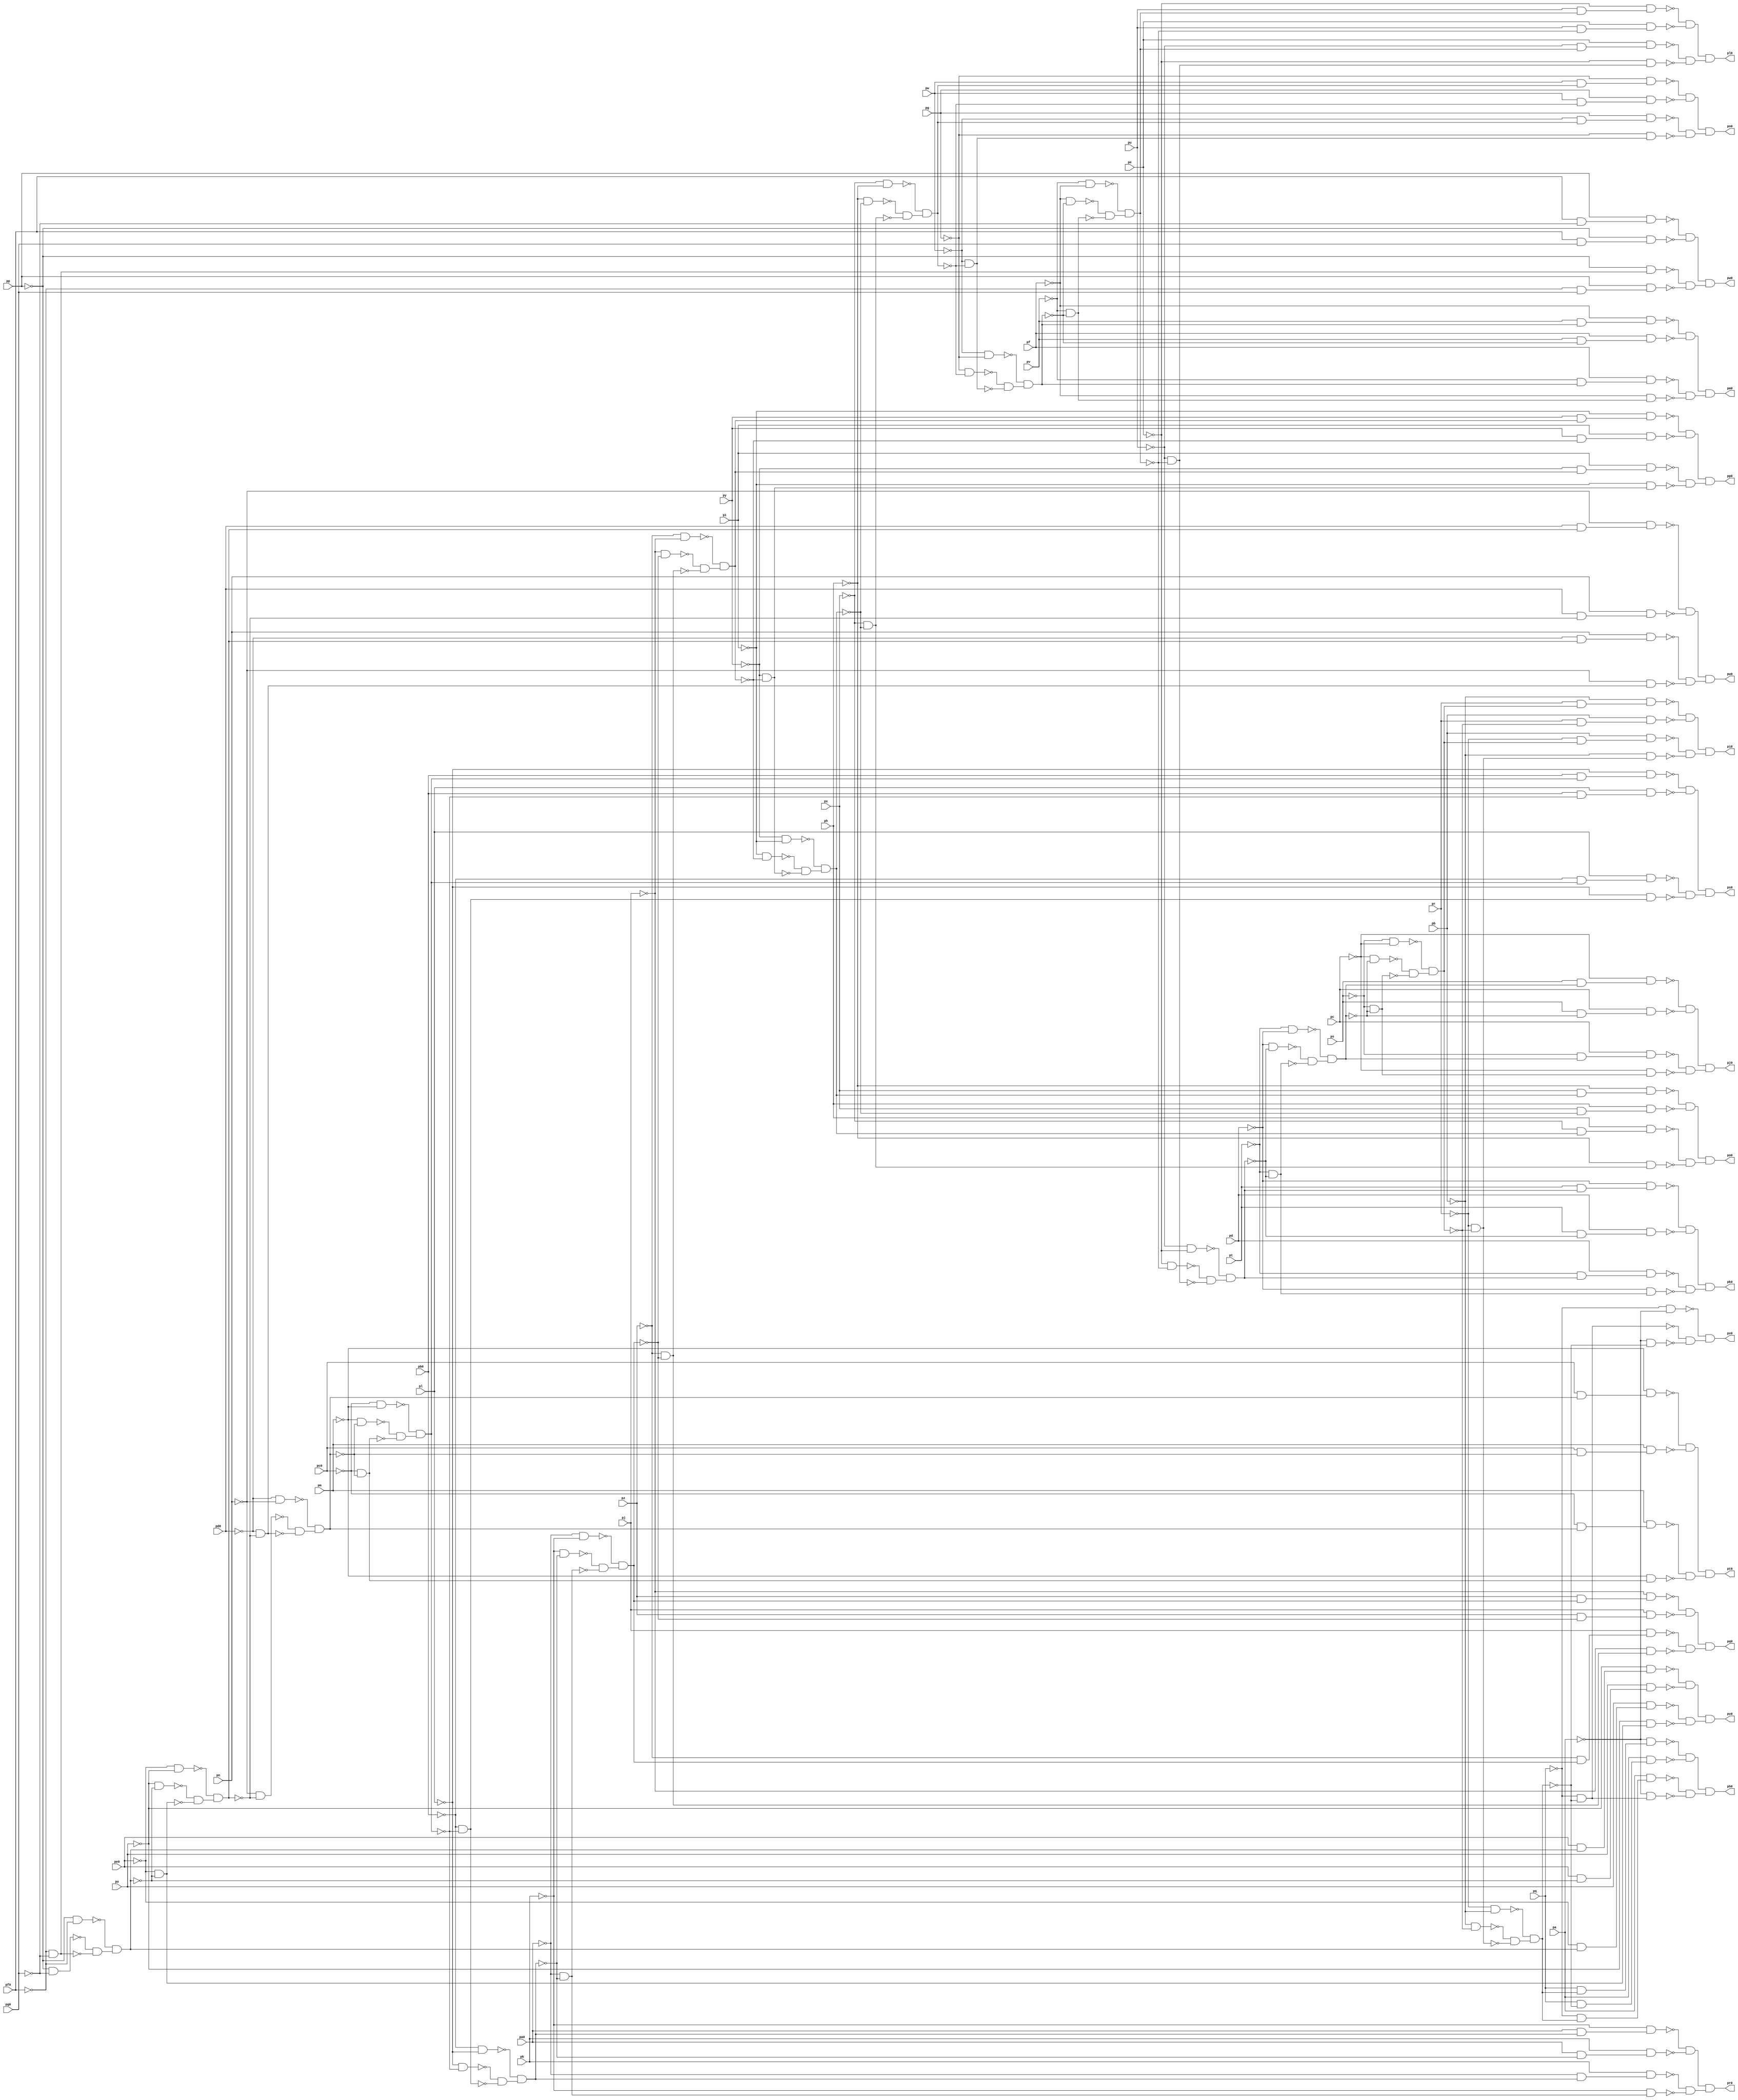
module top ( 
    pp, pa0, pq, pb0, pr, pc0, ps, pd0, pt, pe0, pu, pf0, pv, pg0, pw, px,
    py, pz, pa, pb, pc, pd, pe, pf, pg, ph, pi, pj, pk, pl, pm, pn, po,
    ph0, pi0, pj0, pk0, pl0, pm0, pn0, po0, pp0, pq0, pr0, ps0, pt0, pu0,
    pv0, pw0, px0  );
  input  pp, pa0, pq, pb0, pr, pc0, ps, pd0, pt, pe0, pu, pf0, pv, pg0,
    pw, px, py, pz, pa, pb, pc, pd, pe, pf, pg, ph, pi, pj, pk, pl, pm, pn,
    po;
  output ph0, pi0, pj0, pk0, pl0, pm0, pn0, po0, pp0, pq0, pr0, ps0, pt0, pu0,
    pv0, pw0, px0;
  wire new_n51_, new_n52_, new_n53_, new_n54_, new_n55_, new_n56_, new_n57_,
    new_n58_, new_n59_, new_n60_, new_n61_, new_n62_, new_n63_, new_n64_,
    new_n65_, new_n66_, new_n67_, new_n68_, new_n69_, new_n70_, new_n71_,
    new_n72_, new_n73_, new_n74_, new_n75_, new_n76_, new_n77_, new_n78_,
    new_n79_, new_n80_, new_n81_, new_n82_, new_n83_, new_n84_, new_n85_,
    new_n86_, new_n87_, new_n88_, new_n89_, new_n90_, new_n91_, new_n92_,
    new_n93_, new_n94_, new_n95_, new_n96_, new_n97_, new_n98_, new_n99_,
    new_n100_, new_n101_, new_n102_, new_n103_, new_n104_, new_n105_,
    new_n106_, new_n107_, new_n108_, new_n109_, new_n110_, new_n111_,
    new_n112_, new_n113_, new_n114_, new_n115_, new_n116_, new_n117_,
    new_n118_, new_n119_, new_n120_, new_n121_, new_n122_, new_n123_,
    new_n124_, new_n125_, new_n126_, new_n127_, new_n128_, new_n129_,
    new_n130_, new_n131_, new_n132_, new_n133_, new_n134_, new_n135_,
    new_n137_, new_n138_, new_n139_, new_n140_, new_n141_, new_n142_,
    new_n143_, new_n144_, new_n145_, new_n147_, new_n148_, new_n149_,
    new_n150_, new_n151_, new_n152_, new_n153_, new_n154_, new_n155_,
    new_n157_, new_n158_, new_n159_, new_n160_, new_n161_, new_n162_,
    new_n163_, new_n164_, new_n165_, new_n167_, new_n168_, new_n169_,
    new_n170_, new_n171_, new_n172_, new_n173_, new_n174_, new_n175_,
    new_n177_, new_n178_, new_n179_, new_n180_, new_n181_, new_n182_,
    new_n183_, new_n184_, new_n185_, new_n187_, new_n188_, new_n189_,
    new_n190_, new_n191_, new_n192_, new_n193_, new_n194_, new_n195_,
    new_n197_, new_n198_, new_n199_, new_n200_, new_n201_, new_n202_,
    new_n203_, new_n204_, new_n205_, new_n207_, new_n208_, new_n209_,
    new_n210_, new_n211_, new_n212_, new_n213_, new_n214_, new_n215_,
    new_n217_, new_n218_, new_n219_, new_n220_, new_n221_, new_n222_,
    new_n223_, new_n224_, new_n225_, new_n227_, new_n228_, new_n229_,
    new_n230_, new_n231_, new_n232_, new_n233_, new_n234_, new_n235_,
    new_n237_, new_n238_, new_n239_, new_n240_, new_n241_, new_n242_,
    new_n243_, new_n244_, new_n245_, new_n247_, new_n248_, new_n249_,
    new_n250_, new_n251_, new_n252_, new_n253_, new_n254_, new_n255_,
    new_n257_, new_n258_, new_n259_, new_n260_, new_n261_, new_n262_,
    new_n263_, new_n264_, new_n265_, new_n267_, new_n268_, new_n269_,
    new_n270_, new_n271_, new_n272_, new_n273_, new_n274_, new_n275_,
    new_n277_, new_n278_, new_n279_, new_n280_, new_n281_, new_n282_,
    new_n283_, new_n284_, new_n285_, new_n287_, new_n288_, new_n289_;
  assign new_n51_ = ~pp & ~pg0;
  assign new_n52_ = ~pf0 & ~pg0;
  assign new_n53_ = ~pp & ~pf0;
  assign new_n54_ = ~new_n51_ & ~new_n52_;
  assign new_n55_ = ~new_n53_ & new_n54_;
  assign new_n56_ = ~po & ~new_n55_;
  assign new_n57_ = ~pe0 & ~new_n55_;
  assign new_n58_ = ~pe0 & ~po;
  assign new_n59_ = ~new_n56_ & ~new_n57_;
  assign new_n60_ = ~new_n58_ & new_n59_;
  assign new_n61_ = ~pn & ~new_n60_;
  assign new_n62_ = ~pd0 & ~new_n60_;
  assign new_n63_ = ~pd0 & ~pn;
  assign new_n64_ = ~new_n61_ & ~new_n62_;
  assign new_n65_ = ~new_n63_ & new_n64_;
  assign new_n66_ = ~pm & ~new_n65_;
  assign new_n67_ = ~pc0 & ~new_n65_;
  assign new_n68_ = ~pc0 & ~pm;
  assign new_n69_ = ~new_n66_ & ~new_n67_;
  assign new_n70_ = ~new_n68_ & new_n69_;
  assign new_n71_ = ~pl & ~new_n70_;
  assign new_n72_ = ~pb0 & ~new_n70_;
  assign new_n73_ = ~pb0 & ~pl;
  assign new_n74_ = ~new_n71_ & ~new_n72_;
  assign new_n75_ = ~new_n73_ & new_n74_;
  assign new_n76_ = ~pk & ~new_n75_;
  assign new_n77_ = ~pa0 & ~new_n75_;
  assign new_n78_ = ~pa0 & ~pk;
  assign new_n79_ = ~new_n76_ & ~new_n77_;
  assign new_n80_ = ~new_n78_ & new_n79_;
  assign new_n81_ = ~pj & ~new_n80_;
  assign new_n82_ = ~pz & ~new_n80_;
  assign new_n83_ = ~pz & ~pj;
  assign new_n84_ = ~new_n81_ & ~new_n82_;
  assign new_n85_ = ~new_n83_ & new_n84_;
  assign new_n86_ = ~pi & ~new_n85_;
  assign new_n87_ = ~py & ~new_n85_;
  assign new_n88_ = ~py & ~pi;
  assign new_n89_ = ~new_n86_ & ~new_n87_;
  assign new_n90_ = ~new_n88_ & new_n89_;
  assign new_n91_ = ~ph & ~new_n90_;
  assign new_n92_ = ~px & ~new_n90_;
  assign new_n93_ = ~px & ~ph;
  assign new_n94_ = ~new_n91_ & ~new_n92_;
  assign new_n95_ = ~new_n93_ & new_n94_;
  assign new_n96_ = ~pg & ~new_n95_;
  assign new_n97_ = ~pw & ~new_n95_;
  assign new_n98_ = ~pw & ~pg;
  assign new_n99_ = ~new_n96_ & ~new_n97_;
  assign new_n100_ = ~new_n98_ & new_n99_;
  assign new_n101_ = ~pf & ~new_n100_;
  assign new_n102_ = ~pv & ~new_n100_;
  assign new_n103_ = ~pv & ~pf;
  assign new_n104_ = ~new_n101_ & ~new_n102_;
  assign new_n105_ = ~new_n103_ & new_n104_;
  assign new_n106_ = ~pe & ~new_n105_;
  assign new_n107_ = ~pu & ~new_n105_;
  assign new_n108_ = ~pu & ~pe;
  assign new_n109_ = ~new_n106_ & ~new_n107_;
  assign new_n110_ = ~new_n108_ & new_n109_;
  assign new_n111_ = ~pd & ~new_n110_;
  assign new_n112_ = ~pt & ~new_n110_;
  assign new_n113_ = ~pt & ~pd;
  assign new_n114_ = ~new_n111_ & ~new_n112_;
  assign new_n115_ = ~new_n113_ & new_n114_;
  assign new_n116_ = ~pc & ~new_n115_;
  assign new_n117_ = ~ps & ~new_n115_;
  assign new_n118_ = ~ps & ~pc;
  assign new_n119_ = ~new_n116_ & ~new_n117_;
  assign new_n120_ = ~new_n118_ & new_n119_;
  assign new_n121_ = ~pb & ~new_n120_;
  assign new_n122_ = ~pr & ~new_n120_;
  assign new_n123_ = ~pr & ~pb;
  assign new_n124_ = ~new_n121_ & ~new_n122_;
  assign new_n125_ = ~new_n123_ & new_n124_;
  assign new_n126_ = ~pq & new_n125_;
  assign new_n127_ = pa & new_n126_;
  assign new_n128_ = ~pq & ~new_n125_;
  assign new_n129_ = ~pa & new_n128_;
  assign new_n130_ = pq & new_n125_;
  assign new_n131_ = ~pa & new_n130_;
  assign new_n132_ = pq & ~new_n125_;
  assign new_n133_ = pa & new_n132_;
  assign new_n134_ = ~new_n131_ & ~new_n133_;
  assign new_n135_ = ~new_n127_ & ~new_n129_;
  assign ph0 = new_n134_ & new_n135_;
  assign new_n137_ = ~pr & new_n120_;
  assign new_n138_ = pb & new_n137_;
  assign new_n139_ = ~pb & new_n122_;
  assign new_n140_ = pr & new_n120_;
  assign new_n141_ = ~pb & new_n140_;
  assign new_n142_ = pr & ~new_n120_;
  assign new_n143_ = pb & new_n142_;
  assign new_n144_ = ~new_n141_ & ~new_n143_;
  assign new_n145_ = ~new_n138_ & ~new_n139_;
  assign pi0 = new_n144_ & new_n145_;
  assign new_n147_ = ~ps & new_n115_;
  assign new_n148_ = pc & new_n147_;
  assign new_n149_ = ~pc & new_n117_;
  assign new_n150_ = ps & new_n115_;
  assign new_n151_ = ~pc & new_n150_;
  assign new_n152_ = ps & ~new_n115_;
  assign new_n153_ = pc & new_n152_;
  assign new_n154_ = ~new_n151_ & ~new_n153_;
  assign new_n155_ = ~new_n148_ & ~new_n149_;
  assign pj0 = new_n154_ & new_n155_;
  assign new_n157_ = ~pt & new_n110_;
  assign new_n158_ = pd & new_n157_;
  assign new_n159_ = ~pd & new_n112_;
  assign new_n160_ = pt & new_n110_;
  assign new_n161_ = ~pd & new_n160_;
  assign new_n162_ = pt & ~new_n110_;
  assign new_n163_ = pd & new_n162_;
  assign new_n164_ = ~new_n161_ & ~new_n163_;
  assign new_n165_ = ~new_n158_ & ~new_n159_;
  assign pk0 = new_n164_ & new_n165_;
  assign new_n167_ = ~pu & new_n105_;
  assign new_n168_ = pe & new_n167_;
  assign new_n169_ = ~pe & new_n107_;
  assign new_n170_ = pu & new_n105_;
  assign new_n171_ = ~pe & new_n170_;
  assign new_n172_ = pu & ~new_n105_;
  assign new_n173_ = pe & new_n172_;
  assign new_n174_ = ~new_n171_ & ~new_n173_;
  assign new_n175_ = ~new_n168_ & ~new_n169_;
  assign pl0 = new_n174_ & new_n175_;
  assign new_n177_ = ~pv & new_n100_;
  assign new_n178_ = pf & new_n177_;
  assign new_n179_ = ~pf & new_n102_;
  assign new_n180_ = pv & new_n100_;
  assign new_n181_ = ~pf & new_n180_;
  assign new_n182_ = pv & ~new_n100_;
  assign new_n183_ = pf & new_n182_;
  assign new_n184_ = ~new_n181_ & ~new_n183_;
  assign new_n185_ = ~new_n178_ & ~new_n179_;
  assign pm0 = new_n184_ & new_n185_;
  assign new_n187_ = ~pw & new_n95_;
  assign new_n188_ = pg & new_n187_;
  assign new_n189_ = ~pg & new_n97_;
  assign new_n190_ = pw & new_n95_;
  assign new_n191_ = ~pg & new_n190_;
  assign new_n192_ = pw & ~new_n95_;
  assign new_n193_ = pg & new_n192_;
  assign new_n194_ = ~new_n191_ & ~new_n193_;
  assign new_n195_ = ~new_n188_ & ~new_n189_;
  assign pn0 = new_n194_ & new_n195_;
  assign new_n197_ = ~px & new_n90_;
  assign new_n198_ = ph & new_n197_;
  assign new_n199_ = ~ph & new_n92_;
  assign new_n200_ = px & new_n90_;
  assign new_n201_ = ~ph & new_n200_;
  assign new_n202_ = px & ~new_n90_;
  assign new_n203_ = ph & new_n202_;
  assign new_n204_ = ~new_n201_ & ~new_n203_;
  assign new_n205_ = ~new_n198_ & ~new_n199_;
  assign po0 = new_n204_ & new_n205_;
  assign new_n207_ = ~py & new_n85_;
  assign new_n208_ = pi & new_n207_;
  assign new_n209_ = ~pi & new_n87_;
  assign new_n210_ = py & new_n85_;
  assign new_n211_ = ~pi & new_n210_;
  assign new_n212_ = py & ~new_n85_;
  assign new_n213_ = pi & new_n212_;
  assign new_n214_ = ~new_n211_ & ~new_n213_;
  assign new_n215_ = ~new_n208_ & ~new_n209_;
  assign pp0 = new_n214_ & new_n215_;
  assign new_n217_ = ~pz & new_n80_;
  assign new_n218_ = pj & new_n217_;
  assign new_n219_ = ~pj & new_n82_;
  assign new_n220_ = pz & new_n80_;
  assign new_n221_ = ~pj & new_n220_;
  assign new_n222_ = pz & ~new_n80_;
  assign new_n223_ = pj & new_n222_;
  assign new_n224_ = ~new_n221_ & ~new_n223_;
  assign new_n225_ = ~new_n218_ & ~new_n219_;
  assign pq0 = new_n224_ & new_n225_;
  assign new_n227_ = ~pa0 & new_n75_;
  assign new_n228_ = pk & new_n227_;
  assign new_n229_ = ~pk & new_n77_;
  assign new_n230_ = pa0 & new_n75_;
  assign new_n231_ = ~pk & new_n230_;
  assign new_n232_ = pa0 & ~new_n75_;
  assign new_n233_ = pk & new_n232_;
  assign new_n234_ = ~new_n231_ & ~new_n233_;
  assign new_n235_ = ~new_n228_ & ~new_n229_;
  assign pr0 = new_n234_ & new_n235_;
  assign new_n237_ = ~pb0 & new_n70_;
  assign new_n238_ = pl & new_n237_;
  assign new_n239_ = ~pl & new_n72_;
  assign new_n240_ = pb0 & new_n70_;
  assign new_n241_ = ~pl & new_n240_;
  assign new_n242_ = pb0 & ~new_n70_;
  assign new_n243_ = pl & new_n242_;
  assign new_n244_ = ~new_n241_ & ~new_n243_;
  assign new_n245_ = ~new_n238_ & ~new_n239_;
  assign ps0 = new_n244_ & new_n245_;
  assign new_n247_ = ~pc0 & new_n65_;
  assign new_n248_ = pm & new_n247_;
  assign new_n249_ = ~pm & new_n67_;
  assign new_n250_ = pc0 & new_n65_;
  assign new_n251_ = ~pm & new_n250_;
  assign new_n252_ = pc0 & ~new_n65_;
  assign new_n253_ = pm & new_n252_;
  assign new_n254_ = ~new_n251_ & ~new_n253_;
  assign new_n255_ = ~new_n248_ & ~new_n249_;
  assign pt0 = new_n254_ & new_n255_;
  assign new_n257_ = ~pd0 & new_n60_;
  assign new_n258_ = pn & new_n257_;
  assign new_n259_ = ~pn & new_n62_;
  assign new_n260_ = pd0 & new_n60_;
  assign new_n261_ = ~pn & new_n260_;
  assign new_n262_ = pd0 & ~new_n60_;
  assign new_n263_ = pn & new_n262_;
  assign new_n264_ = ~new_n261_ & ~new_n263_;
  assign new_n265_ = ~new_n258_ & ~new_n259_;
  assign pu0 = new_n264_ & new_n265_;
  assign new_n267_ = ~pe0 & new_n55_;
  assign new_n268_ = po & new_n267_;
  assign new_n269_ = ~po & new_n57_;
  assign new_n270_ = pe0 & new_n55_;
  assign new_n271_ = ~po & new_n270_;
  assign new_n272_ = pe0 & ~new_n55_;
  assign new_n273_ = po & new_n272_;
  assign new_n274_ = ~new_n271_ & ~new_n273_;
  assign new_n275_ = ~new_n268_ & ~new_n269_;
  assign pv0 = new_n274_ & new_n275_;
  assign new_n277_ = ~pp & new_n52_;
  assign new_n278_ = ~pf0 & pg0;
  assign new_n279_ = pp & new_n278_;
  assign new_n280_ = pf0 & ~pg0;
  assign new_n281_ = pp & new_n280_;
  assign new_n282_ = pf0 & pg0;
  assign new_n283_ = ~pp & new_n282_;
  assign new_n284_ = ~new_n281_ & ~new_n283_;
  assign new_n285_ = ~new_n277_ & ~new_n279_;
  assign pw0 = new_n284_ & new_n285_;
  assign new_n287_ = ~pa & ~new_n125_;
  assign new_n288_ = ~pq & ~pa;
  assign new_n289_ = ~new_n128_ & ~new_n287_;
  assign px0 = ~new_n288_ & new_n289_;
endmodule